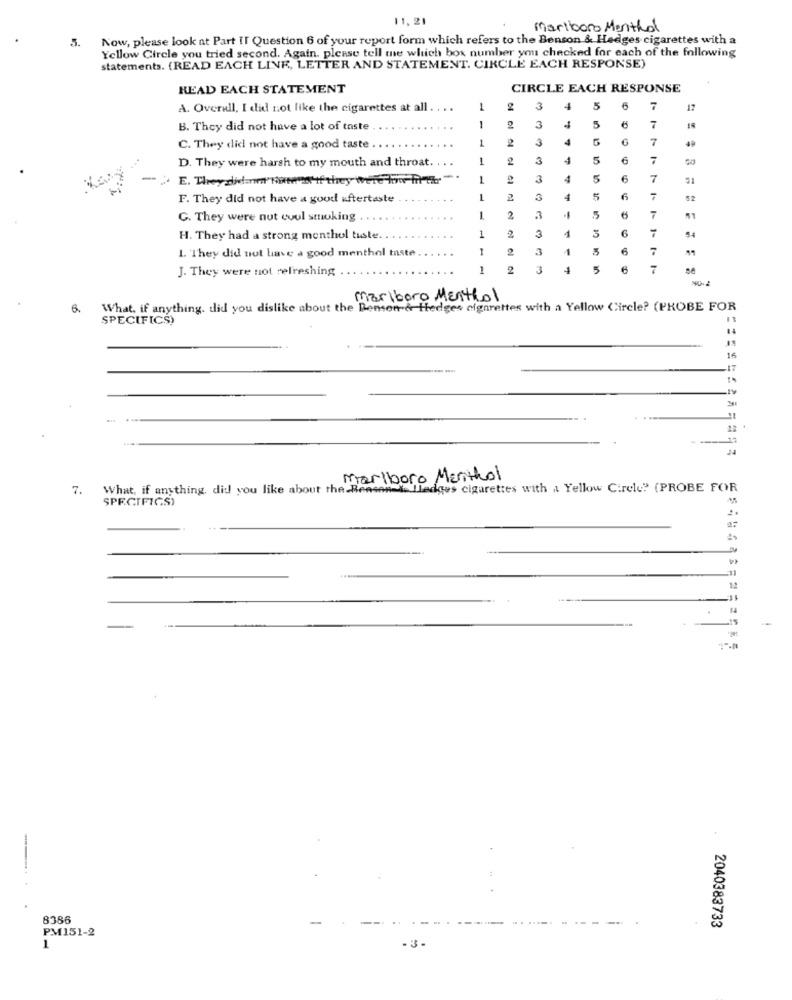
11,21
Marlboro Menthol
5.
Now, please look at Part II Question 6 of your report form which refers to the Benson & Hedges cigarettes with a
Yellow Circle you tried second. Again, please tell me which box number you checked for each of the following
statements. (READ EACH LINE, LETTER AND STATEMENT. CIRCLE EACH RESPONSE)
READ EACH STATEMENT
CIRCLE EACH RESPONSE
A. Overall, I did not like the cigarettes at all . ...
3
5
17
B. They did not have a lot of taste
1
3
5
7
1
3
7
49
C. They did not have a good taste
D. They were harsh to my mouth and throat.
1
2
3
5
7
R
-
" E. They did='Nate "If they Were How mi tir
3
5
F
F. They did not have a good aftertaste
2
3
5
52
G. They were nut coul smoking .
1
2
-
5
7
1
3
54
H. They had a strong menthol tuste
2
1
1. They did not have a good menthol taste
1
2
1
J. They were not refreshing
1
2
5
Marlboro Menthol
6.
What, if anything. did you dislike about the Benson & Hedges cigarettes with a Yellow Circle? (PROBE FOR
SPECIFICS)
16
12
Marlboro Menthol
7.
What, if anything, did you like about the Reason " lledges cigarettes with a Yellow Circle" (PROBE FOR
SPECIFICS)
31
12
8386
-
PM151-2
2040383733
1
-3